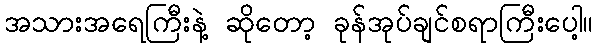
အသားအရေကြီးနဲ့ ဆိုတော့ ခုန်အုပ်ချင်စရာကြီးပေါ့။